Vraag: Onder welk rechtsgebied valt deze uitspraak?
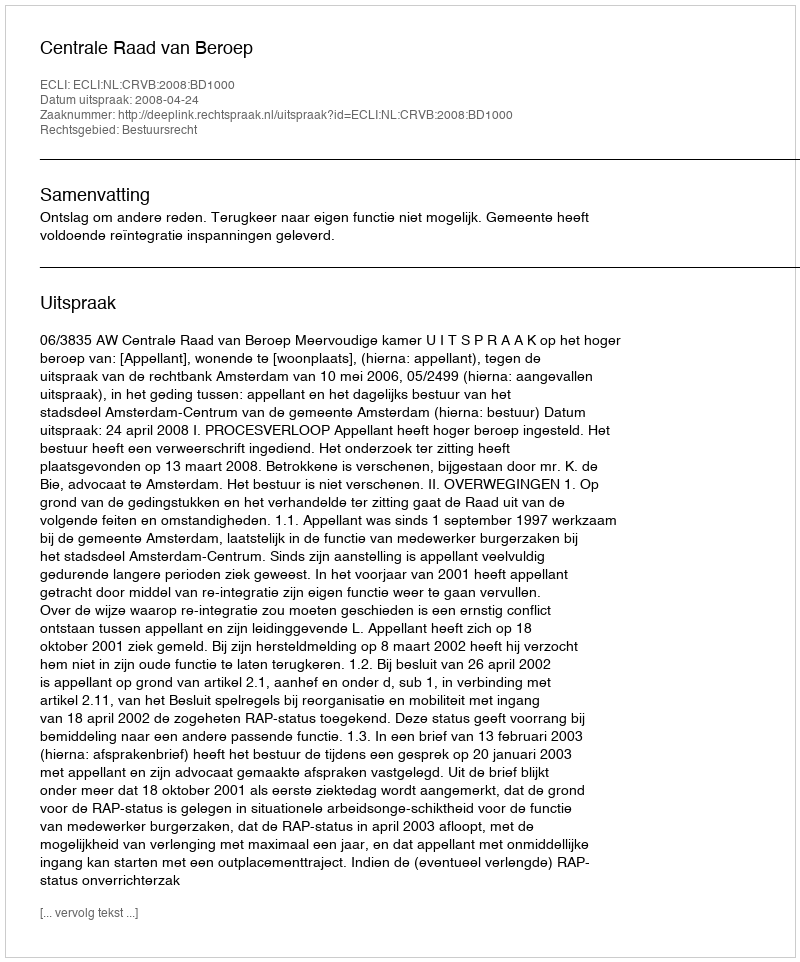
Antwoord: Bestuursrecht